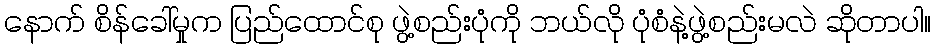
နောက် စိန်ခေါ်မှုက ပြည်ထောင်စု ဖွဲ့စည်းပုံကို ဘယ်လို ပုံစံနဲ့ဖွဲ့စည်းမလဲ ဆိုတာပါ။